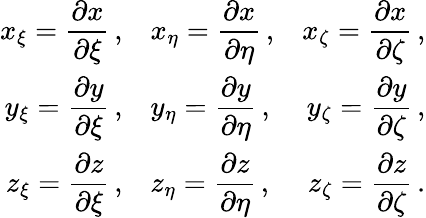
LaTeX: \begin{array}{rlr}{\displaystyle x_{\xi}=\frac{\partial x}{\partial\xi}\, \mathrm{,}}&{\displaystyle x_{\eta}=\frac{\partial x}{\partial\eta}\, \mathrm{,}}&{\displaystyle x_{\zeta}=\frac{\partial x}{\partial\zeta}\, \mathrm{,}}\\ {\displaystyle y_{\xi}=\frac{\partial y}{\partial\xi}\, \mathrm{,}}&{\displaystyle y_{\eta}=\frac{\partial y}{\partial\eta}\, \mathrm{,}}&{\displaystyle y_{\zeta}=\frac{\partial y}{\partial\zeta}\, \mathrm{,}}\\ {\displaystyle z_{\xi}=\frac{\partial z}{\partial\xi}\, \mathrm{,}}&{\displaystyle z_{\eta}=\frac{\partial z}{\partial\eta}\, \mathrm{,}}&{\displaystyle z_{\zeta}=\frac{\partial z}{\partial\zeta}\, \mathrm{.}}\end{array}